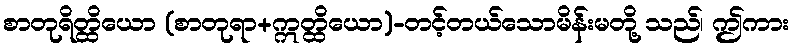
စာတုရိတ္ထိယော (စာတုရာ+ဣတ္ထိယော)-တင့်တယ်သောမိန်းမတို့ သည်၊ ဤကား